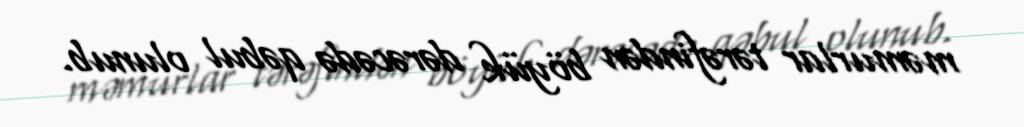
məmurlar tərəfindən böyük dərəcədə qəbul olunub.